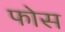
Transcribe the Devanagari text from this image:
फोस